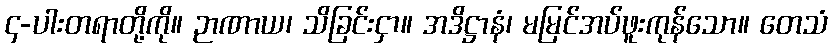
၄-ပါးတရာတို့ကို။ ဉာဏာယ၊ သိခြင်းငှာ။ အဒိဋ္ဌာနံ၊ မမြင်အပ်ဖူးကုန်သော။ တေသံ